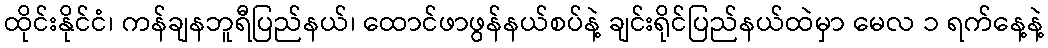
ထိုင်းနိုင်ငံ၊ ကန်ချနဘူရီပြည်နယ်၊ ထောင်ဖာဖွန်နယ်စပ်နဲ့ ချင်းရိုင်ပြည်နယ်ထဲမှာ မေလ ၁ ရက်နေ့နဲ့